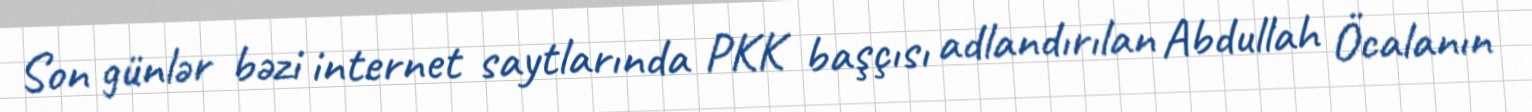
Son günlər bəzi internet saytlarında PKK başçısı adlandırılan Abdullah Öcalanın